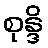
စုန္ဒိ